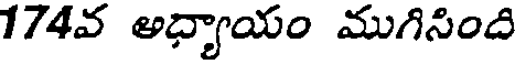
174వ అధ్యాయం ముగిసింది